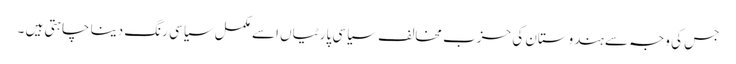
جس کی وجہ سے ہندوستان کی حزب مخالف سیاسی پارٹیاں اسے مکمل سیاسی رنگ دینا چاہتی ہیں ۔